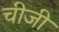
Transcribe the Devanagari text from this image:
चीजी